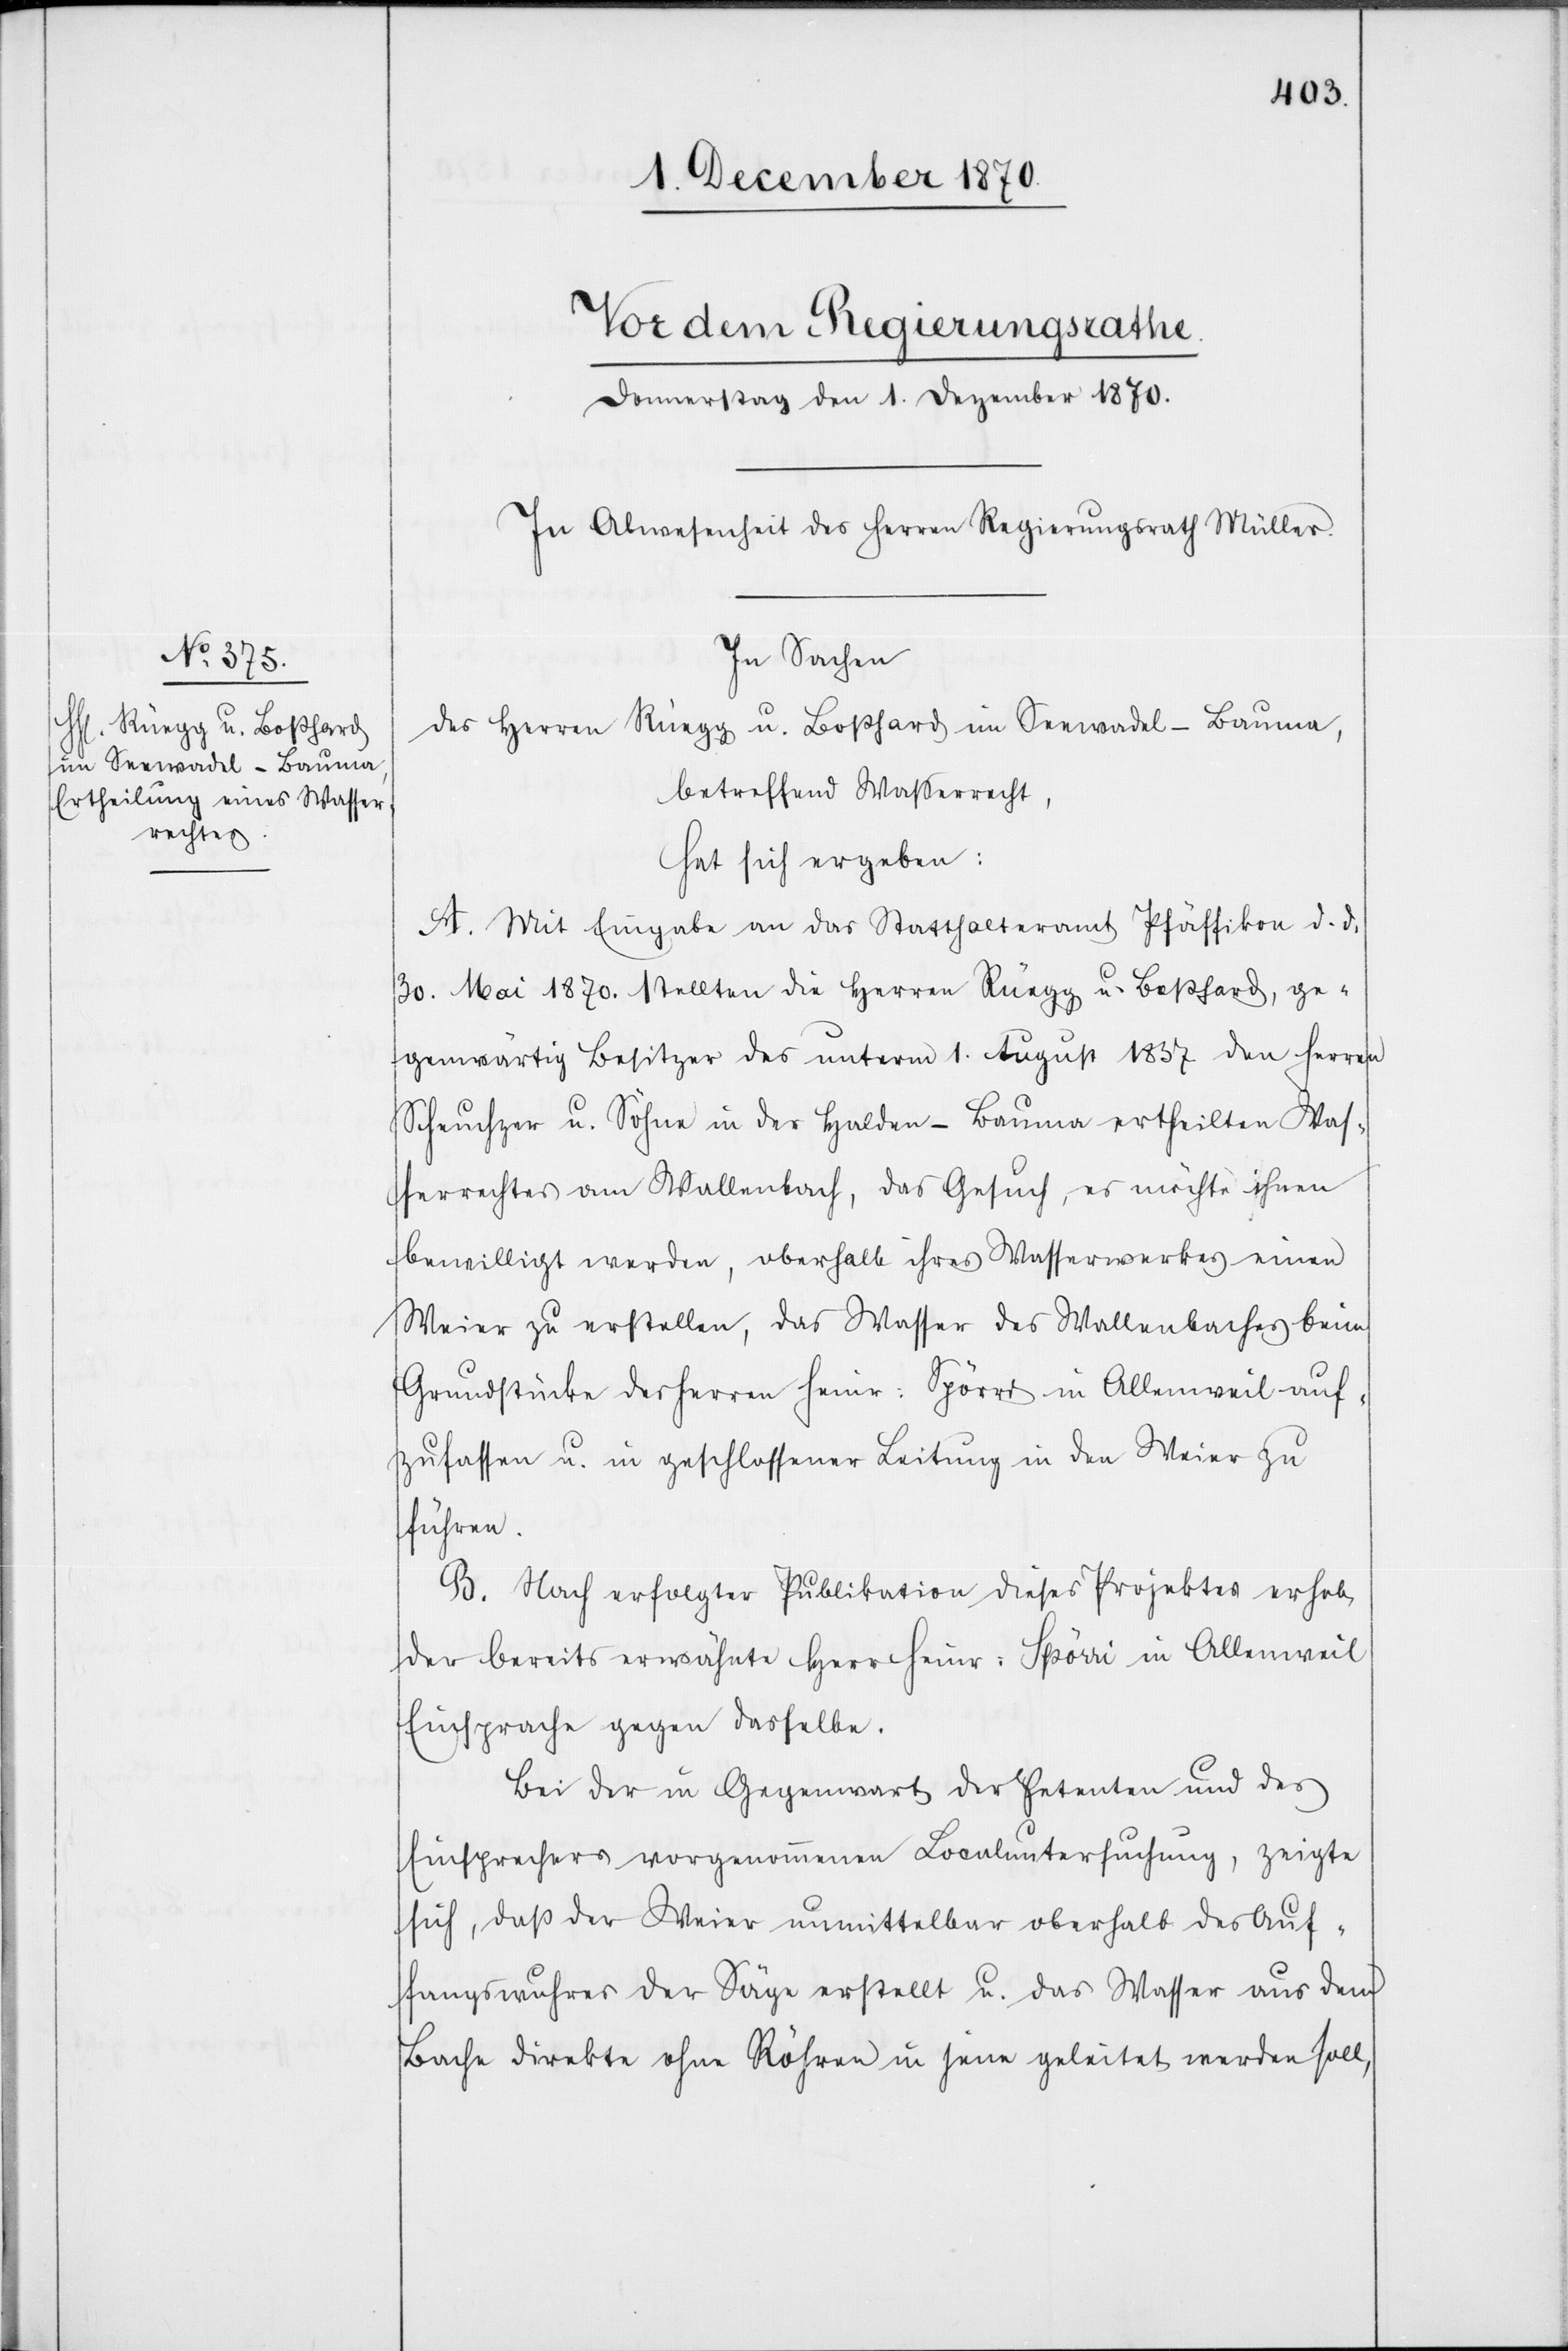
In Sachen
der Herren Rüegg u. Boßhard im Seewadel - Bauma,
betreffend Waßerrecht,
hat sich ergeben:
A. Mit Eingabe an das Statthalteramt Pfäffikon d. d.
30. Mai 1870. stellten die Herren Rüegg u. Boßhard, ge¬
genwärtig Besitzer des unterm 1. August 1857 den Herren
Scheuchzer u. Söhne in der Halden - Bauma ertheilten Was¬
serrechtes am Wallenbach, das Gesuch, es möchte ihnen
bewilligt werden, oberhalb ihres Wasserwerkes einen
Weier zu erstellen, das Wasser des Wallenbaches beim
Grundstücke des Herren Heinr. Spörri in Allenweil auf¬
zufassen u. in geschlossener Leitung in den Weier zu
führen.
B. Nach erfolgter Publikation dieses Projektes erhob
der bereits erwähnte Herr Heinr. Spörri in Allenweil
Einsprache gegen dasselbe.
Bei der in Gegenwart der Petenten und des
Einsprechers vorgenommenen Localuntersuchung, zeigte
sich, daß der Weier unmittelbar oberhalb des Auf¬
fangwuhres der Säge erstellt u. das Wasser aus dem
Bache direkte ohne Röhren in jene geleitet werden soll,